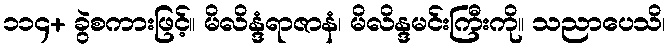
၁၁၄+ ခွဲစကားဖြင့်။ မိလိန္ဒံရာဇာနံ၊ မိလိန္ဒမင်းကြီးကို။ သညာပေသိ၊